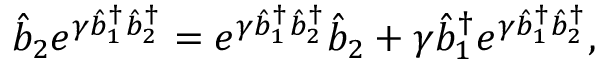
\hat { b } _ { 2 } e ^ { \gamma \hat { b } _ { 1 } ^ { \dagger } \hat { b } _ { 2 } ^ { \dagger } } = e ^ { \gamma \hat { b } _ { 1 } ^ { \dagger } \hat { b } _ { 2 } ^ { \dagger } } \hat { b } _ { 2 } + \gamma \hat { b } _ { 1 } ^ { \dagger } e ^ { \gamma \hat { b } _ { 1 } ^ { \dagger } \hat { b } _ { 2 } ^ { \dagger } } ,